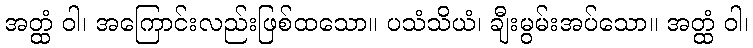
အတ္ထံ ဝါ၊ အကြောင်းလည်းဖြစ်ထသော။ ပသံသိယံ၊ ချီးမွမ်းအပ်သော။ အတ္ထံ ဝါ၊